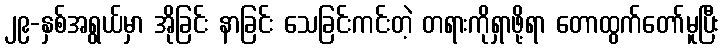
၂၉-နှစ်အရွယ်မှာ အိုခြင်း နာခြင်း သေခြင်းကင်းတဲ့ တရားကိုရှာဖို့ရာ တောထွက်တော်မူပြီး